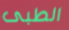
الطبى